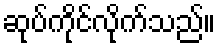
ဆုပ်ကိုင်လိုက်သည်။